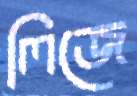
লিজে